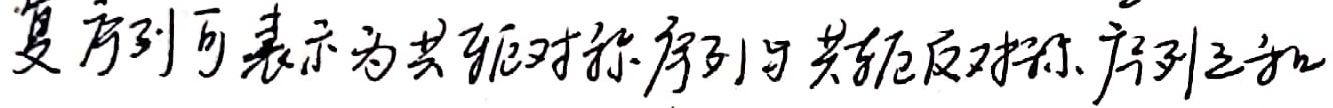
复序列可表示为共轭对称序列与共轭反对称序列之和